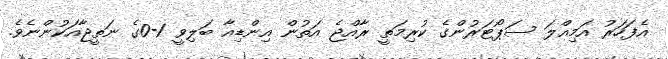
އެފަހަރު އަމިއްލަ ސަޕޯޓަރުންގެ ކުރިމަތީ ރާއްޖެ އަތުން އިންޑިއާ ބަލިވީ 1-0ގެ ނަތީޖާއަކުންނެވެ.